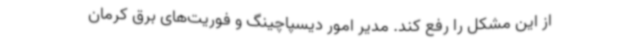
از این مشکل را رفع کند. مدیر امور دیسپاچینگ و فوریت‌های برق کرمان